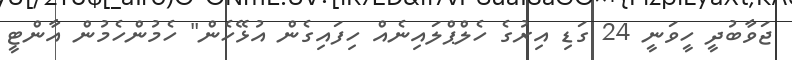
ޖަވާބުދީ ހީވަނީ 24 ގަޑި އިރުގެ ހެލްޕްލައިނެއް ހިފައިގެން އުޅޭހެން" ހެމުންހެމުން އާންޓީ